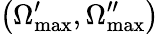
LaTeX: \left(\Omega_{\mathrm{max}}^{\prime},\Omega_{\mathrm{max}}^{\prime\prime}\right)